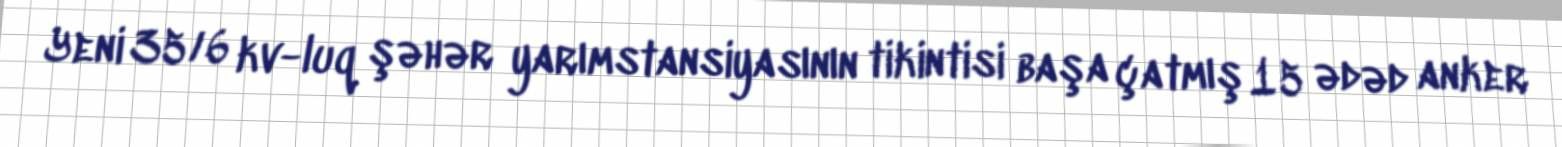
Yeni 35/6 kv-luq şəhər yarımstansiyasının tikintisi başa çatmış 15 ədəd anker